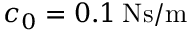
c _ { 0 } = 0 . 1 \: \mathrm { N s / m }